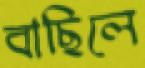
বাছিলে